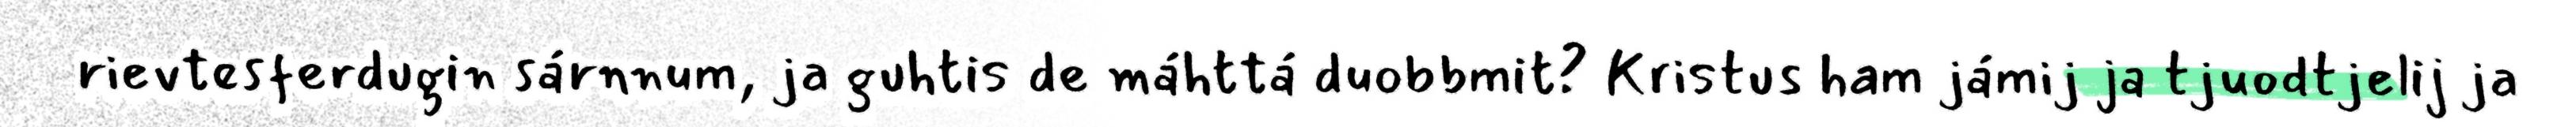
rievtesferdugin sárnnum, ja guhtis de máhttá duobbmit? Kristus ham jámij ja tjuodtjelij ja